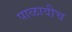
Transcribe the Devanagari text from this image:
पाळावीच